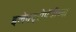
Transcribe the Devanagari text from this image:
इलेक्ट्रोपॅथीच्या